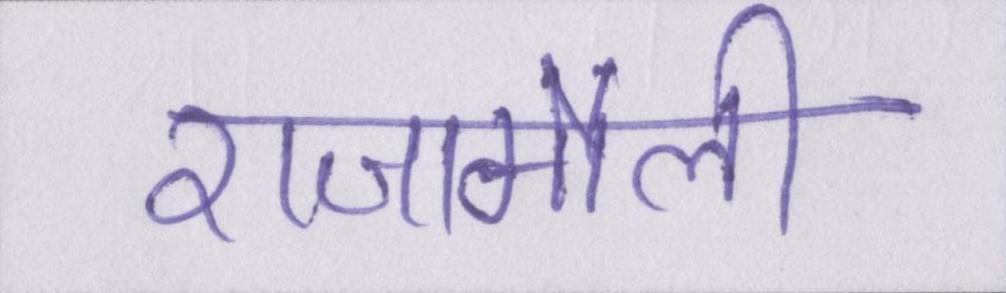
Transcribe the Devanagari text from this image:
राजामौली